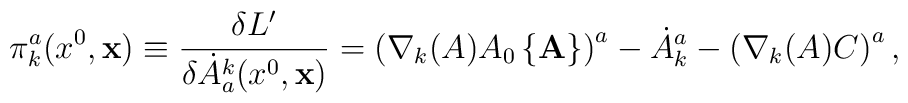
\pi_{k}^{a}(x^{0}, {\bf x}) \equiv \frac{\delta L'}{\delta \dot{A}_{a}^{k}(x^{0}, {\bf x})} = \left (\nabla_{k}(A) A_{0}\left \{{\bf A} \right \} \right )^{a} - \dot{A}_{k}^{a} - \left ( \nabla_{k}(A) C \right )^{a},